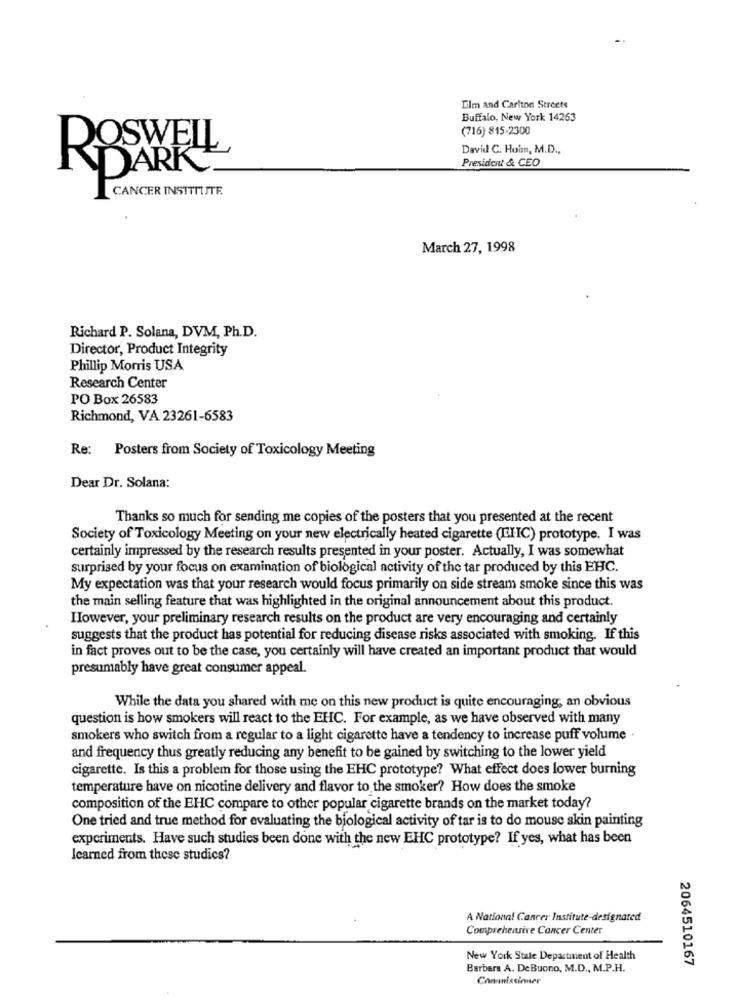
Elm and Carlton Streets
Buffalo, New York 14263
(716) 815-2300
David C. Huim, M.D .,
ROSWELL
President & CEO
DARK
CANCER INSTITUTE.
March 27, 1998
Richard P. Solana, DVM, Ph.D.
Director, Product Integrity
Phillip Morris USA
Research Center
PO Box 26583
Richmond, VA 23261-6583
Re: Posters from Society of Toxicology Meeting
Dear Dr. Solana:
Thanks so much for sending me copies of the posters that you presented at the recent
Society of Toxicology Meeting on your new electrically heated cigarette (EIIC) prototype. I was
certainly impressed by the research results presented in your poster. Actually, I was somewhat
surprised by your focus on examination of biological activity of the tar produced by this EHC.
My expectation was that your research would focus primarily on side stream smoke since this was
the main selling feature that was highlighted in the original announcement about this product.
However, your preliminary research results on the product are very encouraging and certainly
suggests that the product has potential for reducing disease risks associated with smoking. If this
in fact proves out to be the case, you certainly will have created an important product that would
presumably have great consumer appeal.
While the data you shared with me on this new product is quite encouraging, an obvious
question is how smokers will react to the EHC. For example, as we have observed with many
smokers who switch from a regular to a light cigarette have a tendency to increase puff volume .
and frequency thus greatly reducing any benefit to be gained by switching to the lower yield
cigarette. Is this a problem for those using the EHC prototype? What effect does lower burning
temperature have on nicotine delivery and flavor to the smoker? How does the smoke
composition of the EHC compare to other popular cigarette brands on the market today?
One tried and true method for evaluating the biological activity of tar is to do mouse skin painting
experiments. Have such studies been done with the new EHC prototype? If yes, what has been
learned from these studics?
A National Cancer Institute-designated
Comprehensive Cancer Center
New York State Department of Health
2064510167
Barbara A. DeBuono, M.D ., M.P.H.
Conniacinner